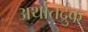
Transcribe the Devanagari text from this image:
अर्थातद्रुक